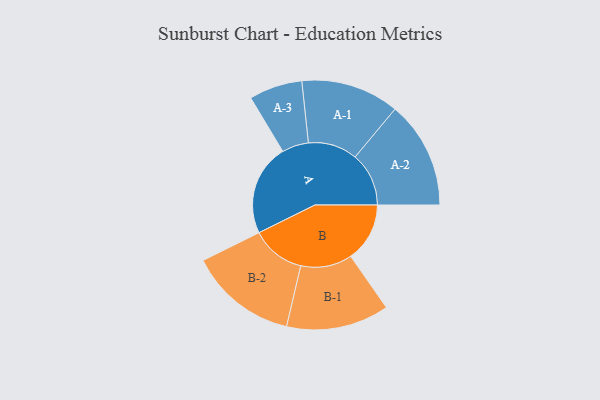
{"axis": {"x": "Segment", "y": "Value"}, "legend": ["", "A", "B"], "data": [{"x": "A", "y": 483, "type": ""}, {"x": "B", "y": 312, "type": ""}, {"x": "A-1", "y": 260, "type": "A"}, {"x": "A-2", "y": 284, "type": "A"}, {"x": "A-3", "y": 141, "type": "A"}, {"x": "B-1", "y": 272, "type": "B"}, {"x": "B-2", "y": 286, "type": "B"}]}